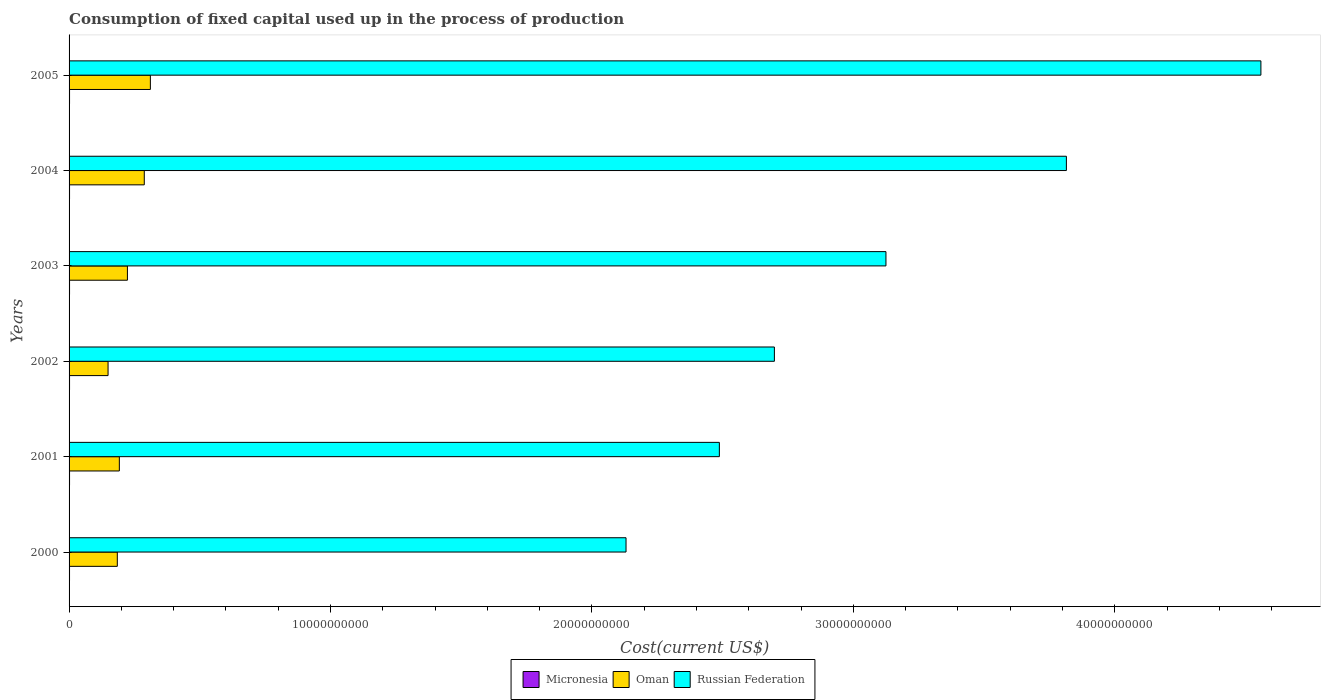
| Years | Micronesia | Oman | Russian Federation |
 | --- | --- | --- | --- |
 | 2000 | 1.78e+07 | 1.85e+09 | 2.13e+10 |
 | 2001 | 1.84e+07 | 1.92e+09 | 2.49e+10 |
 | 2002 | 1.81e+07 | 1.49e+09 | 2.7e+10 |
 | 2003 | 1.85e+07 | 2.23e+09 | 3.12e+10 |
 | 2004 | 1.82e+07 | 2.88e+09 | 3.82e+10 |
 | 2005 | 1.83e+07 | 3.11e+09 | 4.56e+10 |